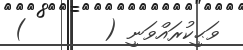
ވަޙީކުރައްވަނީ (       )